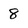
Character: 8